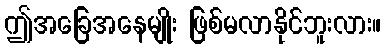
ဤအခြေအနေမျိုး ဖြစ်မလာနိုင်ဘူးလား။